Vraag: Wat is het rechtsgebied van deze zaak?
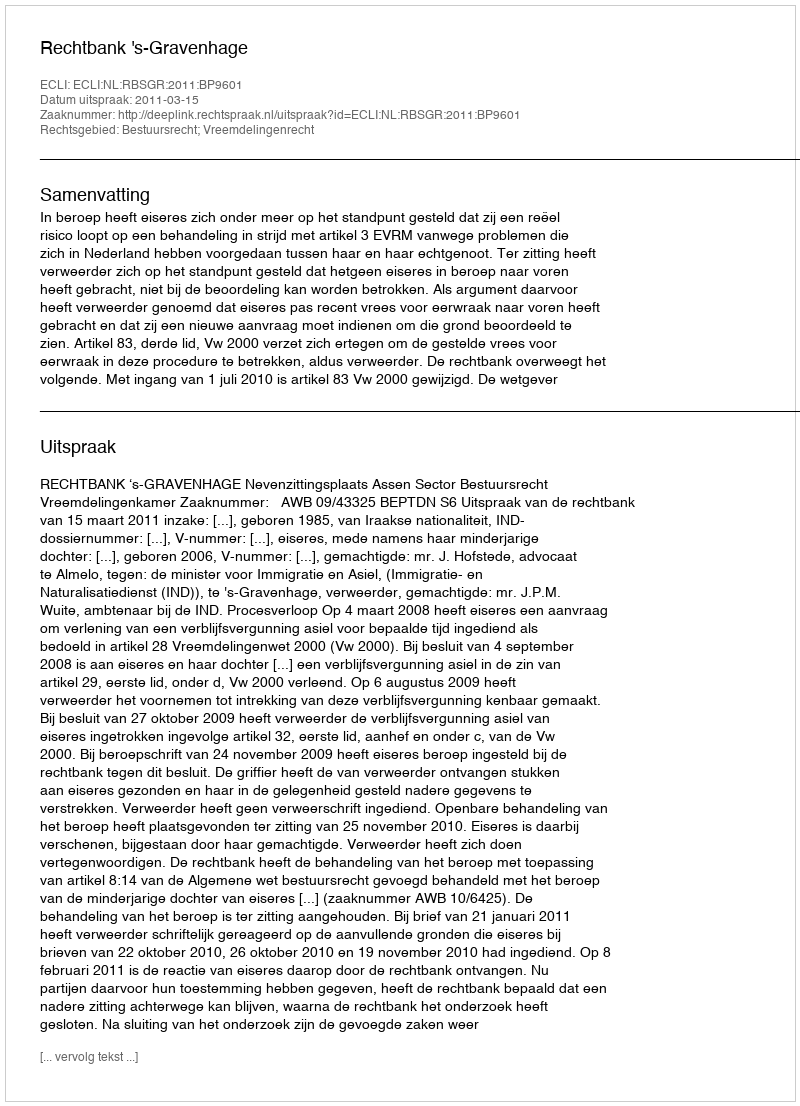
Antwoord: Bestuursrecht; Vreemdelingenrecht